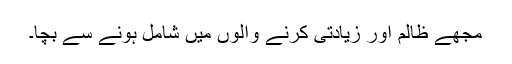
مجھے ظالم اور زیادتی کرنے والوں میں شامل ہونے سے بچا۔